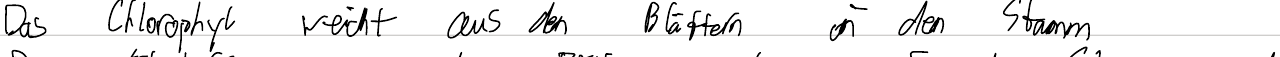
Das Chlorophyl weicht aus den Blättern in den Stamm